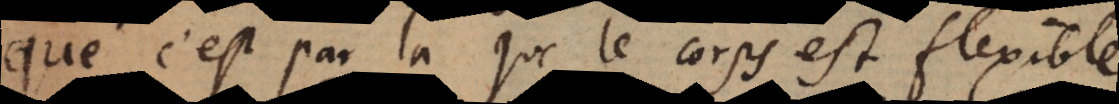
que c’est par là que le corps est flexible